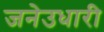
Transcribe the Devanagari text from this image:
जनेउधारी